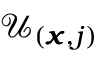
\mathcal { U } _ { ( \pmb { x } , j ) }